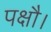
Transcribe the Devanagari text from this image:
पक्षौ।